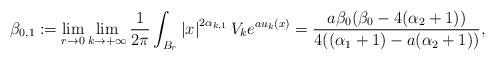
LaTeX: \begin{align*}\beta_{0,1}:=\lim_{r\to0}\lim_{k\to+\infty}\frac{1}{2\pi}\int_{B_{r}}\left|x\right|^{2\alpha_{k,1}}V_{k}e^{au_k(x)}=\frac{a\beta_0(\beta_0-4(\alpha_2+1))} {4((\alpha_1+1)-a(\alpha_2+1))},\end{align*}